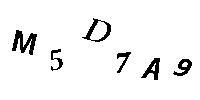
M5D7A9